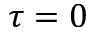
\tau = 0